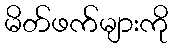
မိတ်ဖက်များကို